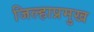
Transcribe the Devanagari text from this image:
जिल्हाप्रमुख